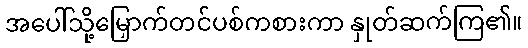
အပေါ်သို့မြှောက်တင်ပစ်ကစားကာ နှုတ်ဆက်ကြ၏။